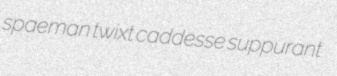
spaeman twixt caddesse suppurant